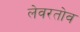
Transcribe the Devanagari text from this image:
लेवरतोव